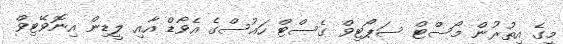
މީގެ އިތުރުން މޯސްޓް ސަޕޯޓިވް ގެސްޓް ހައުސްގެ އެވޯޑް އާއި ލީޑިން އިނޮވޭޓިވް